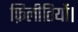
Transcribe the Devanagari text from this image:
फ़िलीतियों।